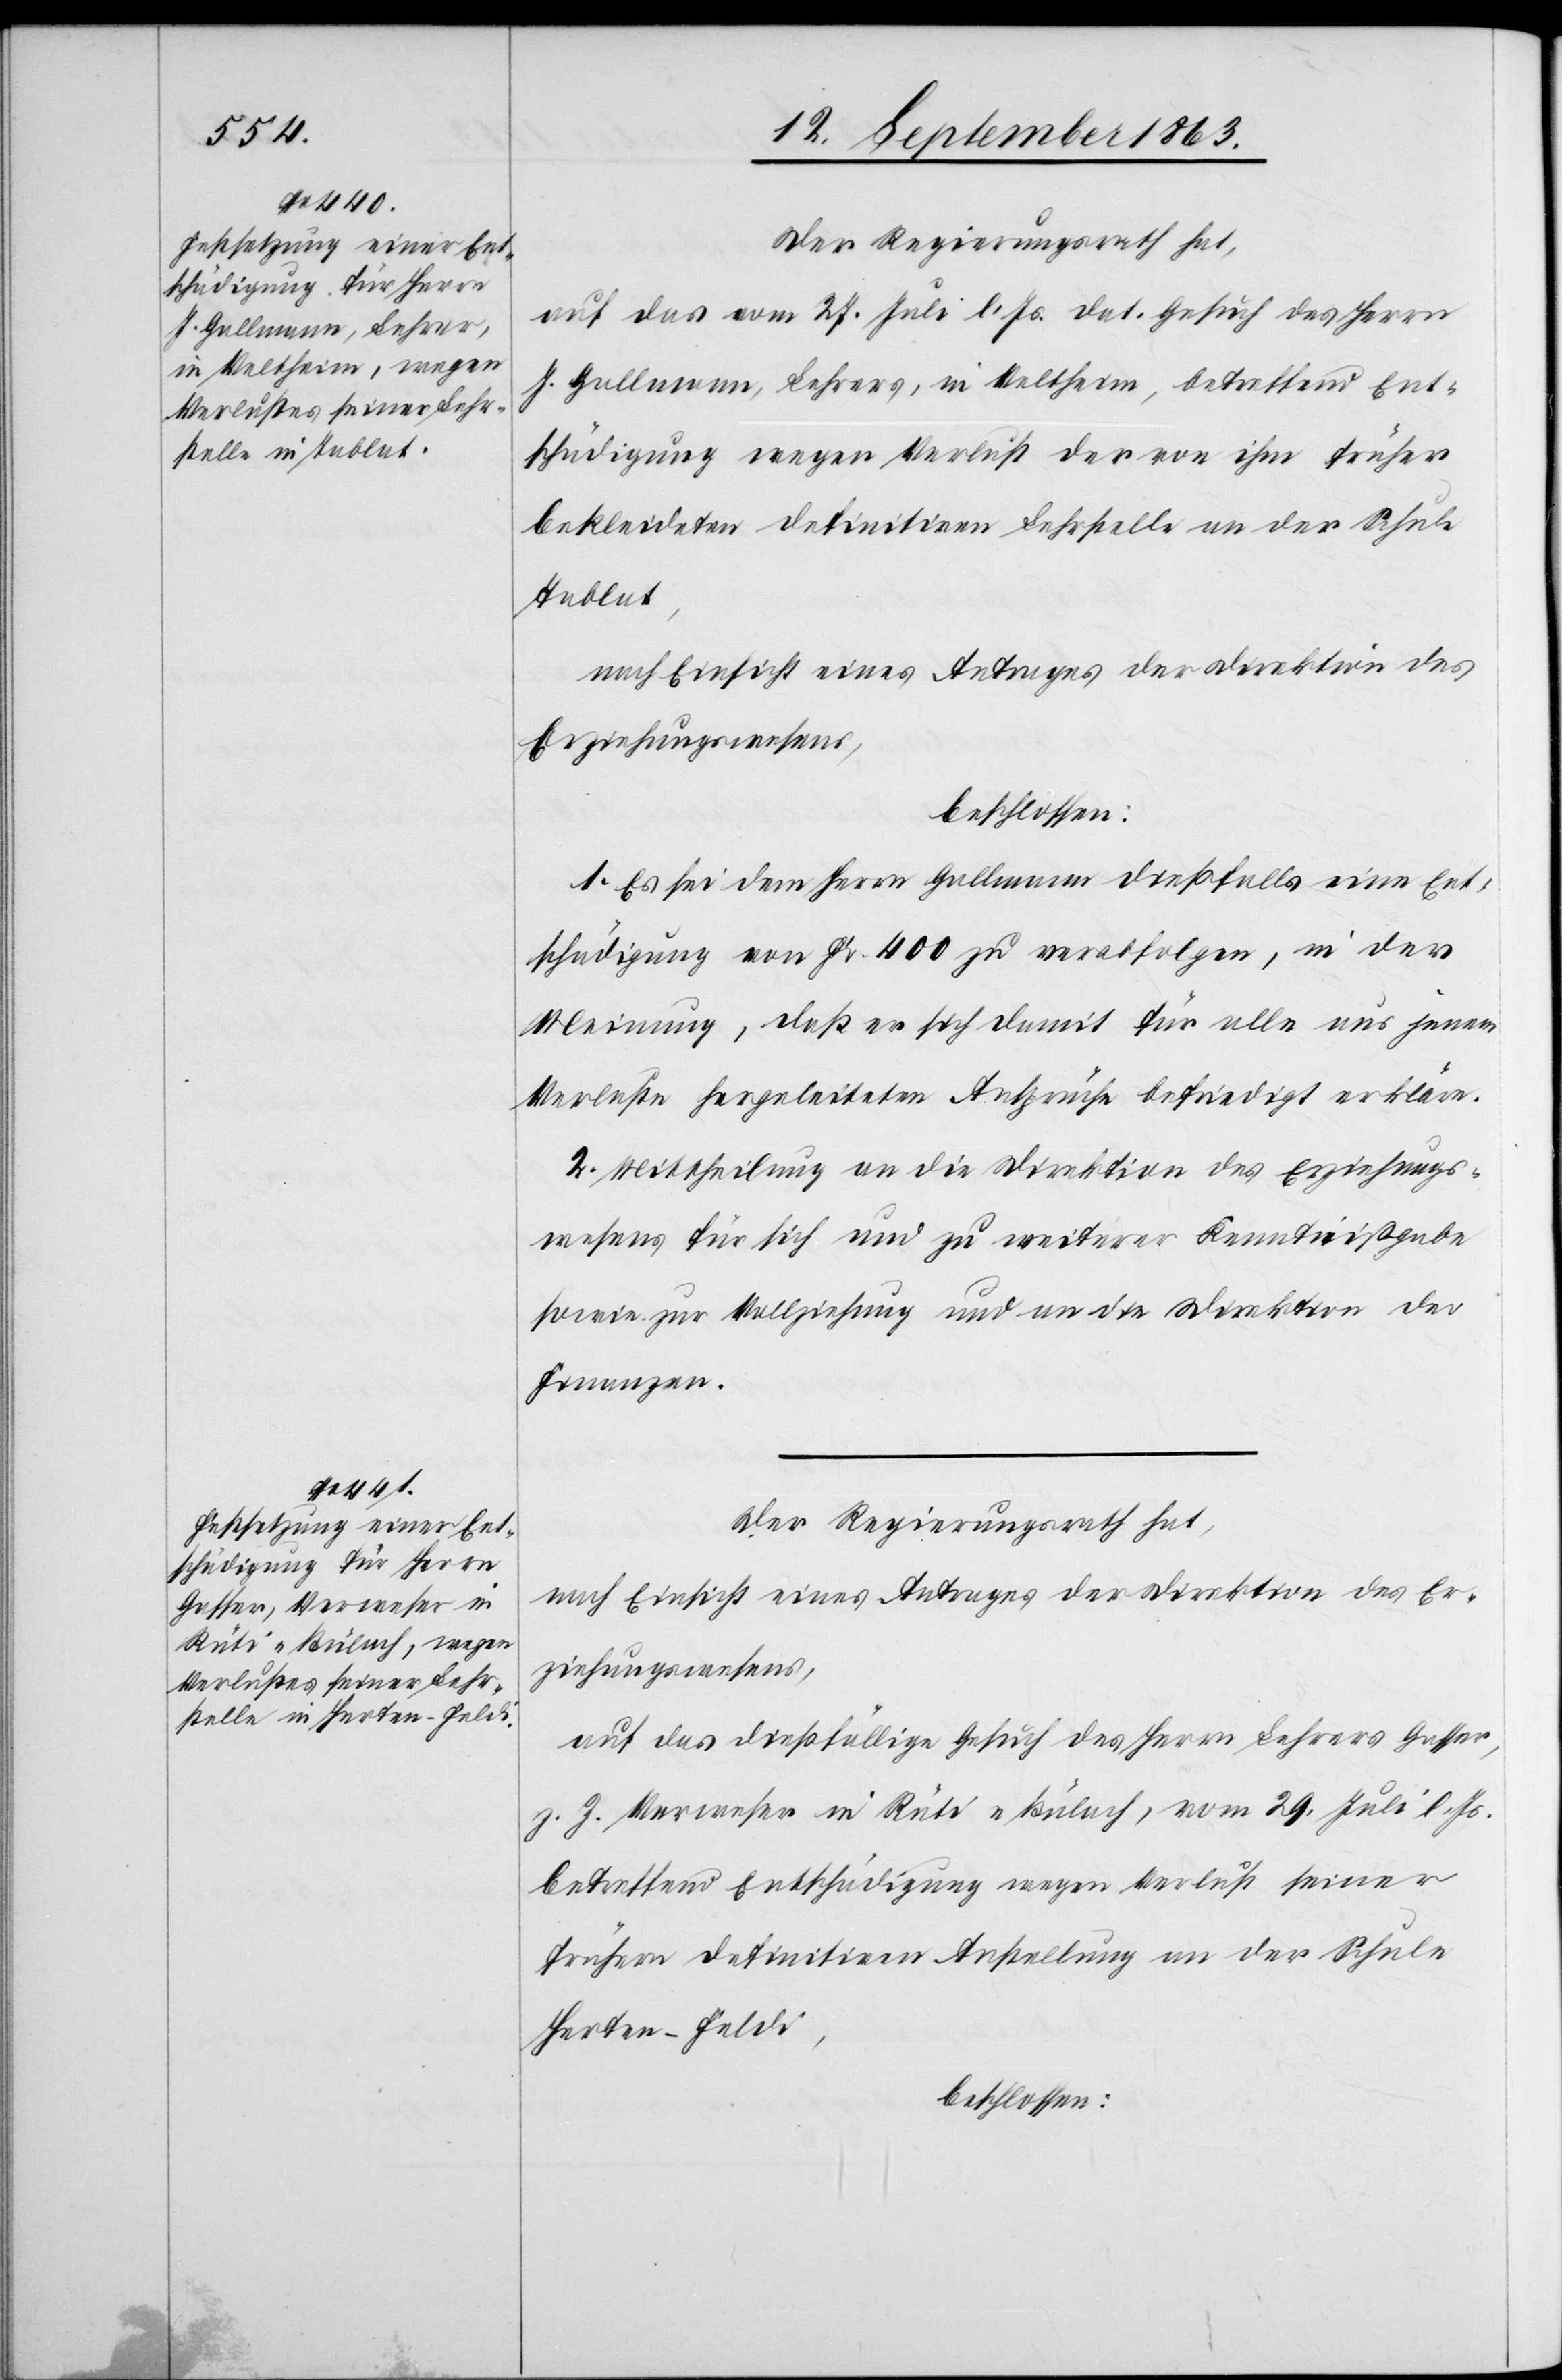
Der Regierungsrath hat,
auf das vom 27. Juli l. Js. dat. Gesuch des Herrn
J. Gallmann, Lehrers, in Veltheim, betreffend Ent¬
schädigung wegen Verlust der von ihm früher
bekleideten definitiven Lehrstelle an der Schule
Tablat,
nach Einsicht eines Antrages der Direktion des
Erziehungswesens,
beschlossen:
1. Es sei dem Herrn Gallmann dießfalls eine Ent¬
schädigung von Fr. 400 zu verabfolgen, in der
Meinung, daß er sich damit für alle aus jenem
Verluste hergeleiteten Ansprüche befriedigt erkläre.
2. Mittheilung an die Direktion des Erziehungs¬
wesens für sich und zu weiterer Kenntnißgabe
sowie zur Vollziehung und an die Direktion der
Finanzen.
Der Regierungsrath hat,
nach Einsicht eines Antrages der Direktion des Er¬
ziehungswesens,
auf das dießfällige Gesuch des Herrn Lehrers Gasser,
z. Z. Verweser in Rüti-Bülach, vom 29. Juli l. Js.
betreffend Entschädigung wegen Verlust seiner
frühern definitiven Anstellung an der Schule
Herten-Feldi,
beschlossen: